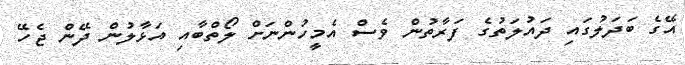
އޭގެ ބަދަލުގައި ދައުލަތުގެ ފަރާތުން ވެސް އެމީހުންނަށް ލޯތްބާއި އަޅާލުން ދޭން ޖެހޭ